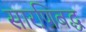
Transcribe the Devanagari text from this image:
सारणिबद्ध